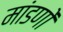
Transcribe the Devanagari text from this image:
मांडणों